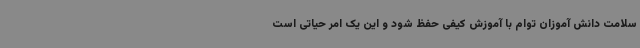
سلامت دانش آموزان توام با آموزش کیفی حفظ شود و این یک امر حیاتی است